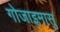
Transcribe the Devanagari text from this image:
गोजाइमासु